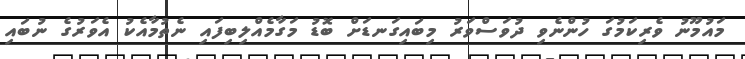
މައުމޫނު ވެރިކަމުގަ ހުންނެވި ދުވަސްވަރު މިބައިގަނޑަށް ބޮޑު މަގާމެއްލިބިފައި ނެތުމާއެކު އެވަރުގެ ނުބައި